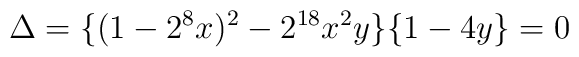
\Delta=\{ (1-2^{8}x)^{2}-2^{18}x^2y\}\{ 1-4y\}=0